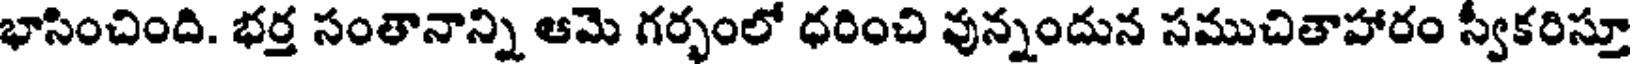
భాసించింది. భర్త సంతానాన్ని ఆమె గర్భంలో ధరించి వున్నందున సముచితాహారం స్వీకరిస్తూ